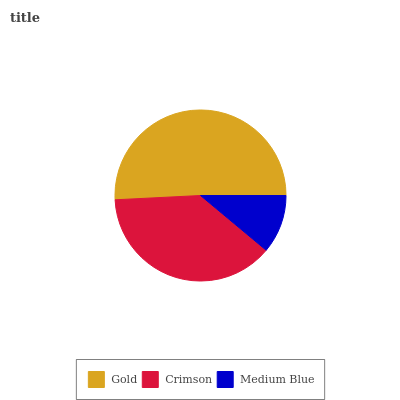
| Gold | Crimson | Medium Blue |
 | --- | --- | --- |
 | 50.8% | 38.2% | 11.1% |